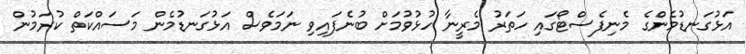
އަޅުގަނޑުމެންގެ މެނިފެސްޓޯގައި ހަތަރު މެރީނާ ހުޅުވުމަށް ބުނެފައިވި ނަމަވެސް އަޅުގަނޑުމެން މަސައްކަތް ކުރަމުން